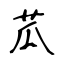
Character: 苽